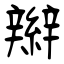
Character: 辮